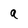
Character: a